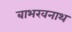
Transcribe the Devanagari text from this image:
बाभखनाथ